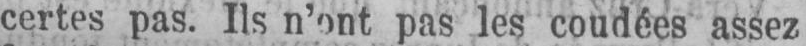
certes pas. Ils n’ont pas les coudées assez